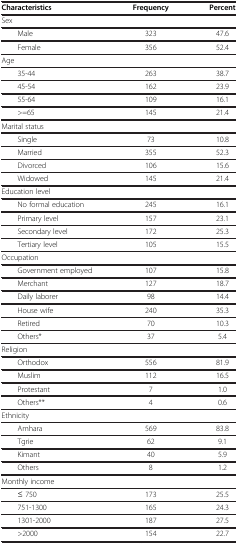
| Characteristics | Frequency | Percent |
 | --- | --- | --- |
 | Sex |  |  |
 | Male | 323 | 47.6 |
 | Female | 356 | 52.4 |
 | Age |  |  |
 | 35-44 | 263 | 38.7 |
 | 45-54 | 162 | 23.9 |
 | 55-64 | 109 | 16.1 |
 | >=65 | 145 | 21.4 |
 | Marital status |  |  |
 | Single | 73 | 10.8 |
 | Married | 355 | 52.3 |
 | Divorced | 106 | 15.6 |
 | Widowed | 145 | 21.4 |
 | Education level |  |  |
 | No formal education | 245 | 16.1 |
 | Primary level | 157 | 23.1 |
 | Secondary level | 172 | 25.3 |
 | Tertiary level | 105 | 15.5 |
 | Occupation |  |  |
 | Government employed | 107 | 15.8 |
 | Merchant | 127 | 18.7 |
 | Daily laborer | 98 | 14.4 |
 | House wife | 240 | 35.3 |
 | Retired | 70 | 10.3 |
 | Others* | 37 | 5.4 |
 | Religion |  |  |
 | Orthodox | 556 | 81.9 |
 | Muslim | 112 | 16.5 |
 | Protestant | 7 | 1.0 |
 | Others** | 4 | 0.6 |
 | Ethnicity |  |  |
 | Amhara | 569 | 83.8 |
 | Tgrie | 62 | 9.1 |
 | Kimant | 40 | 5.9 |
 | Others | 8 | 1.2 |
 | Monthly income |  |  |
 | ≤ 750 | 173 | 25.5 |
 | 751-1300 | 165 | 24.3 |
 | 1301-2000 | 187 | 27.5 |
 | >2000 | 154 | 22.7 |